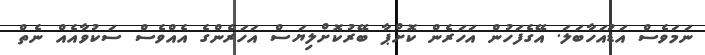
ނަމަވެސް އަޑުއަހާބަލަ. އޭގެފަހުން އަހަރެން ކޮށްޕާ ބޭރުކޮށްލިޔަސް އަހަރެންގެ އެއްވެސް ސަކުވާއެއް ނެތް